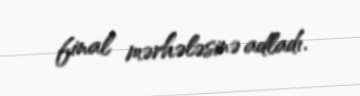
final mərhələsinə adladı.